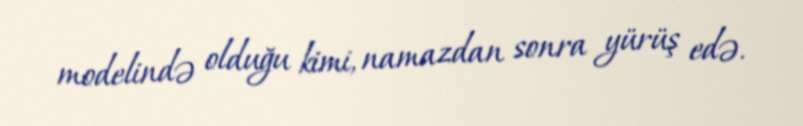
modelində olduğu kimi, namazdan sonra yürüş edə.